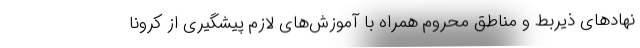
نهادهای ذیربط و مناطق محروم همراه با آموزش‌های لازم پیشگیری از کرونا